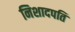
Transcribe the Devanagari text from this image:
निशादपति